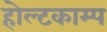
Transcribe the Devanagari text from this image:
होल्टकाम्प